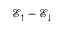
{ \mathcal { E } _ { \uparrow } - \mathcal { E } _ { \downarrow } }